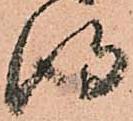
得